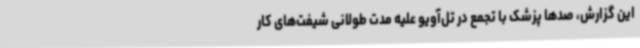
این گزارش، صدها پزشک با تجمع در تل‌آویو علیه مدت طولانی شیفت‌های کار